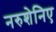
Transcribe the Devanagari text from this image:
नरुशेनिए